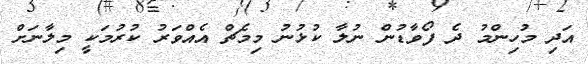
އަދި މުހިންމު ދެ ފޯވާޑުން ނުލާ ކުޅުނު މިމެޗް އެއްވަރު ކުރުމަކީ މިލާނަށް